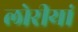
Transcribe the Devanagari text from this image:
लोरीयां